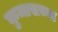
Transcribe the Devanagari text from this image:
कुमाराच्या